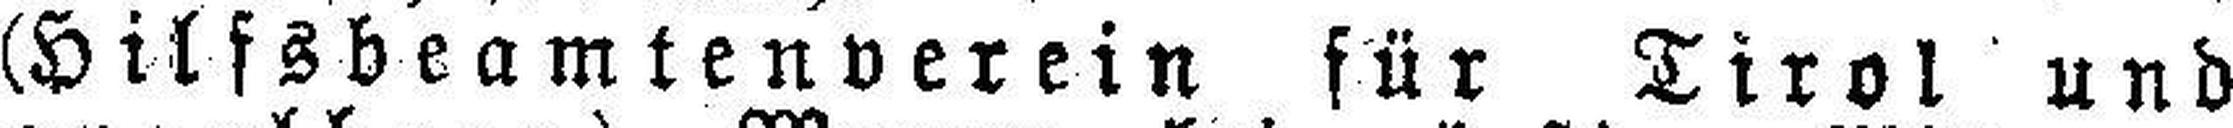
(Hilfsbeamtenverein für Tirol und